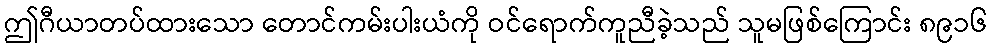
ဤဂီယာတပ်ထားသော တောင်ကမ်းပါးယံကို ဝင်ရောက်ကူညီခဲ့သည် သူမဖြစ်ကြောင်း ၈၉၁၆